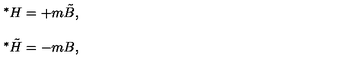
\begin{array} { r c l } { } & { } & { { } ^ { * } H = + m \tilde { B } , } \\ { } & { } & { } \\ { } & { } & { { } ^ { * } \tilde { H } = - m B , } \\ \end{array}